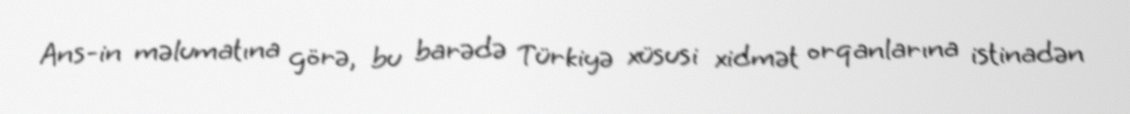
Ans-in məlumatına görə, bu barədə Türkiyə xüsusi xidmət orqanlarına istinadən